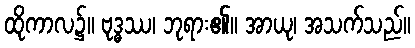
ထိုကာလ၌။ ဗုဒ္ဓဿ၊ ဘုရား၏။ အာယု၊ အသက်သည်။